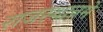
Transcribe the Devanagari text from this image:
राजस्थानमे